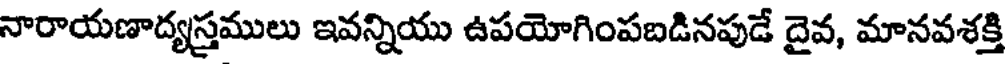
నారాయణాద్యస్త్రములు ఇవన్నియు ఉపయోగింపబడినపుడే దైవ, మానవశక్తి